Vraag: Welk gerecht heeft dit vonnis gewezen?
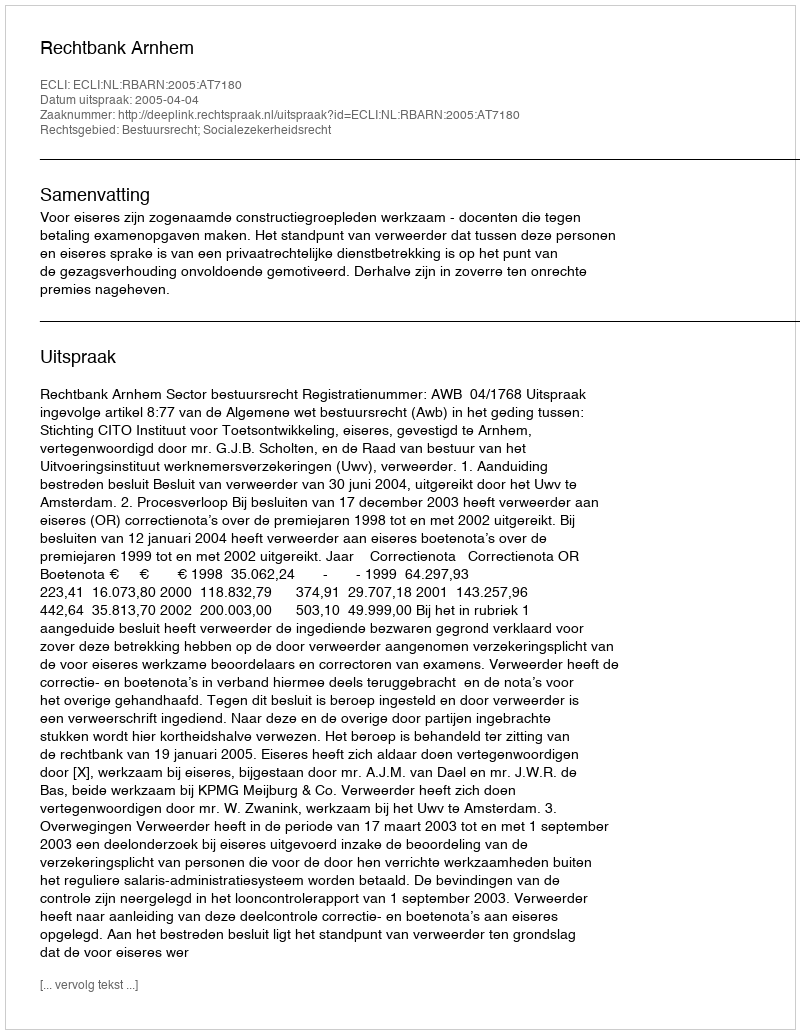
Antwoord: Rechtbank Arnhem